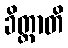
ခိတ္တာတိ